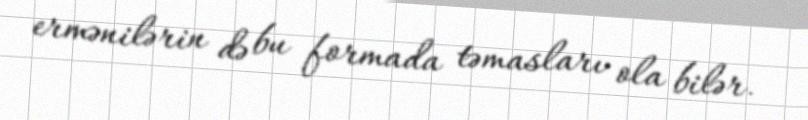
ermənilərin də bu formada təmasları ola bilər.